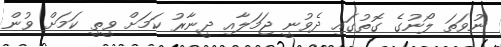
ނުވަތަ ލޯނުގެ ގޮތުގައި ދެވުނީ ޖަމަލާއި ދީނާރު ކަމަށް ވީތީ ކަމަށް ވުން